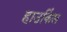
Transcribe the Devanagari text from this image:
हाउकिंस